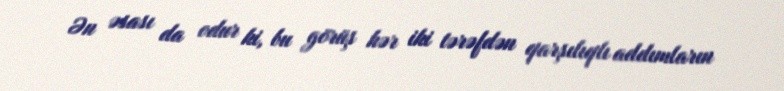
Ən əsası da odur ki, bu görüş hər iki tərəfdən qarşılıqlı addımların